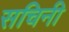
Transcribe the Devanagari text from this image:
सचिनी